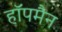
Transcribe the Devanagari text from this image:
हॉपमैन